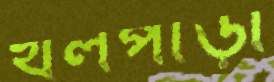
খলপাড়া